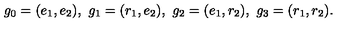
g _ { 0 } = ( e _ { 1 } , e _ { 2 } ) , \ g _ { 1 } = ( r _ { 1 } , e _ { 2 } ) , \ g _ { 2 } = ( e _ { 1 } , r _ { 2 } ) , \ g _ { 3 } = ( r _ { 1 } , r _ { 2 } ) .